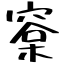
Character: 㮤